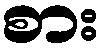
စား